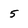
Character: 5